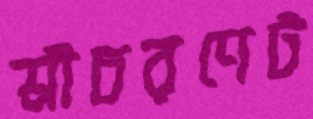
শ্রীচরণেট